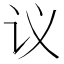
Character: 议